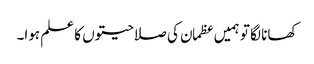
کھانا لگا تو ہمیں عظمان کی صلاحیتوں کا علم ہوا۔